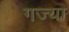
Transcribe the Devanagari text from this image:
गज्या